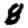
Digit: 8